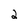
Character: 2